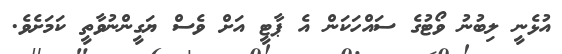
އުޅެނީ ލިބުނު ވޯޓުގެ ސައްހަކަން އެ ޕާޓީ އަށް ވެސް ޔަގީންނުވާތީ ކަމަށެވެ.